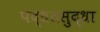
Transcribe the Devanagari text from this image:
पद्धतसुद्धा